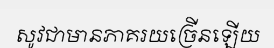
សូវជាមានភាគរយច្រើនឡើយ